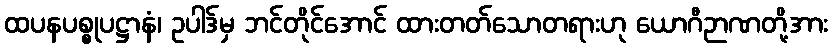
ထပနပစ္စုပဋ္ဌာနံ၊ ဥပါဒ်မှ ဘင်တိုင်အောင် ထားတတ်သောတရားဟု ယောဂီဉာဏတို့အား